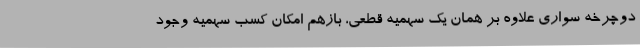
دوچرخه سواری علاوه بر همان یک سهمیه قطعی، بازهم امکان کسب سهمیه وجود